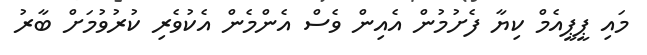
މައި ޕީޕީއެމް ކިޔާ ފެށުމުން އެއިން ވެސް އެންމެން އެކުވެރި ކުރުވުމަށް ބާރު